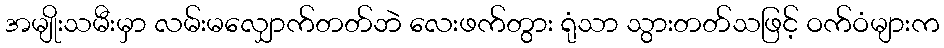
အမျိုးသမီးမှာ လမ်းမလျှောက်တတ်ဘဲ လေးဖက်တွား ရုံသာ သွားတတ်သဖြင့် ဝက်ဝံများက